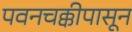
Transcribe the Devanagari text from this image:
पवनचक्कीपासून